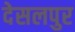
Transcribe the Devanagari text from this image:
देसलपुर